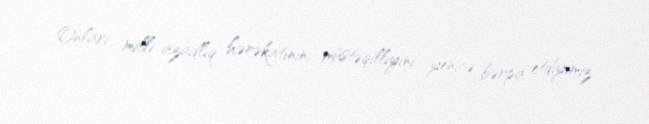
Onları milli azadlıq hərəkatının, müstəqilliyini yenicə bərpa etdiyimiz